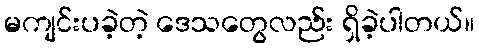
မကျင်းပခဲ့တဲ့ ဒေသတွေလည်း ရှိခဲ့ပါတယ်။